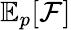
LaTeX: \mathbb{E}_{p}[\mathcal{F}]